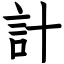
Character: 計